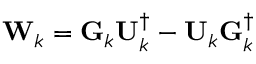
\mathbf { W } _ { k } = \mathbf { G } _ { k } \mathbf { U } _ { k } ^ { \dagger } - \mathbf { U } _ { k } \mathbf { G } _ { k } ^ { \dagger }